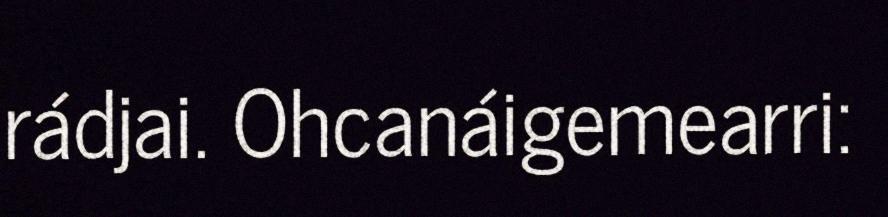
rádjai. Ohcanáigemearri: